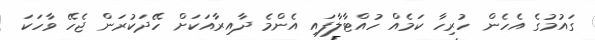
ގައުމުގެ އެހެން ހުރިހާ ކަމެއް ހުއްޓާލާފައި އެންމެ ދާއިރާއަކަށް ހޭދަކުރަން ޖެހޭ ވާހަކަ